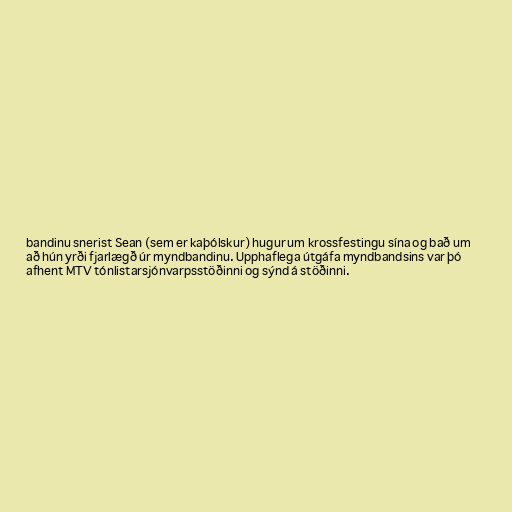
bandinu snerist Sean (sem er kaþólskur) hugur um krossfestingu sína og bað um
að hún yrði fjarlægð úr myndbandinu. Upphaflega útgáfa myndbandsins var þó
afhent MTV tónlistarsjónvarpsstöðinni og sýnd á stöðinni.